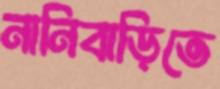
নানিবাড়িতে